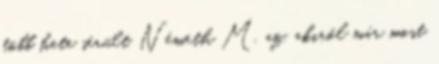
több hete sérült Németh M. az, akiről már most